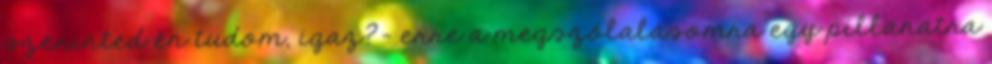
szerinted én tudom, igaz?- erre a megszólalásomra egy pillanatra